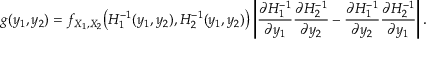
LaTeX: g ( y _ { 1 } , y _ { 2 } ) = f _ { X _ { 1 } , X _ { 2 } } { \big ( } H _ { 1 } ^ { - 1 } ( y _ { 1 } , y _ { 2 } ) , H _ { 2 } ^ { - 1 } ( y _ { 1 } , y _ { 2 } ) { \big ) } \left\vert { \frac { \partial H _ { 1 } ^ { - 1 } } { \partial y _ { 1 } } } { \frac { \partial H _ { 2 } ^ { - 1 } } { \partial y _ { 2 } } } - { \frac { \partial H _ { 1 } ^ { - 1 } } { \partial y _ { 2 } } } { \frac { \partial H _ { 2 } ^ { - 1 } } { \partial y _ { 1 } } } \right\vert .